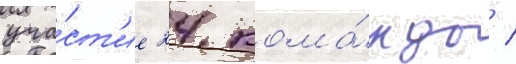
уча́ст'ие 24 кома́нды /